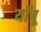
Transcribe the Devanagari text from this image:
याँबू